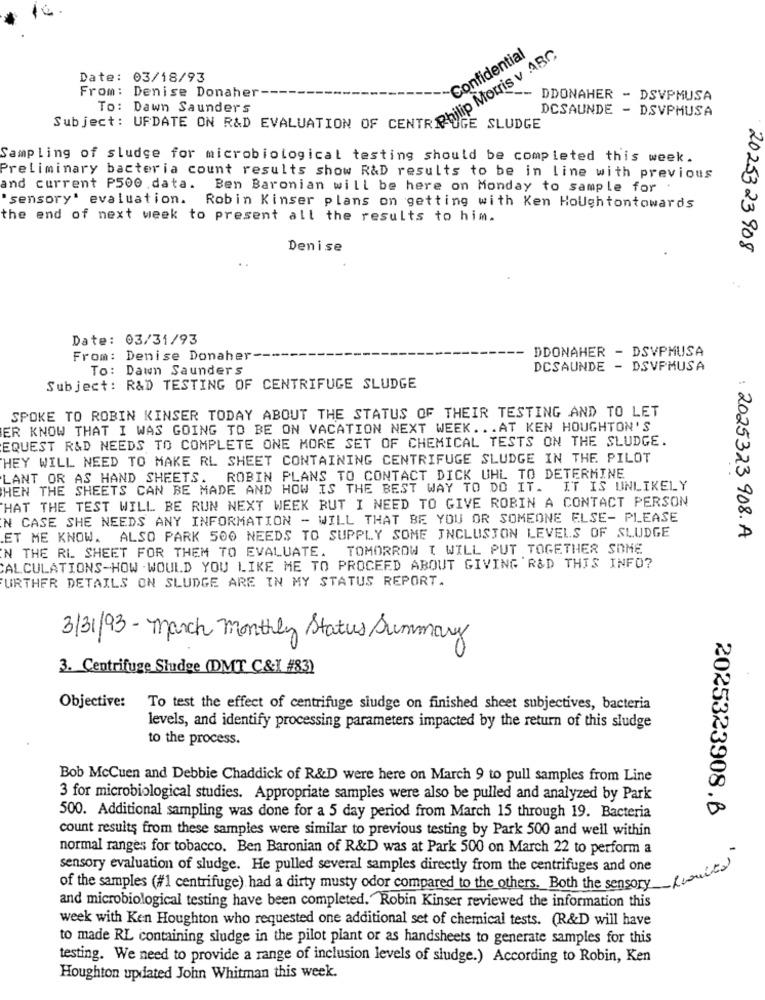
Confidential
Date: 03/18/93
From: Denise Donaher
DDONAHER - DSVPMUSA
unject: UPDATE UN KED EVALUATION OF PRO MOLTIS
To: Dawn Saunders
DCSAUNDE - DSVPMUSA
GE
SLUDGE
Sampling of sludge for microbiological testing should be completed this week.
Preliminary bacteria count results show R&D results to be in line with previous
and current P500 data. Ben Baronian will be here on Monday to sample for
"sensory' evaluation. Robin Kinser plans on getting with Ken HoUghtontowards
the end of next week to present all the results to him.
Denise
2025323908
Date: 03/31/93
From: Denise Donaher-
DDONAHER - DSVPMUSA
To: Dawn Saunders
DCSAUNDE - DSVPMUSA
Subject: R&D TESTING OF CENTRIFUGE SLUDGE
SPOKE TO ROBIN KINSER TODAY ABOUT THE STATUS OF THEIR TESTING AND TO LET
ER KNOW THAT I WAS GOING TO BE ON VACATION NEXT WEEK ... AT KEN HOUGHTON'S
EQUEST R&D NEEDS TO COMPLETE ONE MORE SET OF CHEMICAL TESTS ON THE SLUDGE.
HEY WILL NEED TO MAKE RL SHEET CONTAINING CENTRIFUGE SLUDGE IN THE PILOT
LANT OR AS HAND SHEETS. ROBIN PLANS TO CONTACT DICK UHL TO DETERMINE
HEN THE SHEETS CAN BE MADE AND HOW IS THE BEST WAY TO DO IT. IT IS UNLIKELY
HAT THE TEST WILL BE RUN NEXT WEEK BUT I NEED TO GIVE ROBIN A CONTACT PERSON
N CASE SHE NEEDS ANY INFORMATION - WILL THAT BE YOU OR SOMEONE ELSE- PLEASE
ET ME KNOW. ALSO PARK 500 NEEDS TO SUPPLY SOME INCLUSION LEVELS OF SLUDGE
: 2025323 908.A
N THE RL SHEET FOR THEM TO EVALUATE. TOMORROW I WILL PUT TOGETHER SOME
CALCULATIONS-HOW . WOULD YOU LIKE ME TO PROCEED ABOUT GIVING 'R&D THIS INFO?
FURTHER DETAILS ON SLUDGE ARE IN MY STATUS REPORT.
3/31/93- March monthly Status Summary
3. Centrifuge Sludge (DMT C&I #83)
Objective:
To test the effect of centrifuge sludge on finished sheet subjectives, bacteria
levels, and identify processing parameters impacted by the return of this sludge
to the process.
Bob McCuen and Debbie Chaddick of R&D were here on March 9 to pull samples from Line
3 for microbiological studies. Appropriate samples were also be pulled and analyzed by Park
2025323908.B
500. Additional sampling was done for a 5 day period from March 15 through 19. Bacteria
count results from these samples were similar to previous testing by Park 500 and well within
normal ranges for tobacco. Ben Baronian of R&D was at Park 500 on March 22 to perform a
sensory evaluation of sludge. He pulled several samples directly from the centrifuges and one
of the samples (#1 centrifuge) had a dirty musty odor compared to the others. Both the sensory fruits
and microbiological testing have been completed. Robin Kinser reviewed the information this
week with Ken Houghton who requested one additional set of chemical tests. (R&D will have
to made RL containing sludge in the pilot plant or as handsheets to generate samples for this
testing. We need to provide a range of inclusion levels of sludge.) According to Robin, Ken
Houghton updated John Whitman this week.